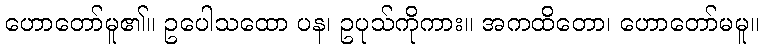
ဟောတော်မူ၏။ ဥပေါသထော ပန၊ ဥပုသ်ကိုကား။ အကထိတော၊ ဟောတော်မမူ။